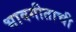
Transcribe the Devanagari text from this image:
भावगीताची